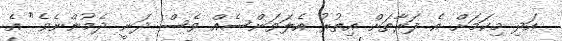
އަދި މިކަމަށް އެ ފަރާތަށް އިތުރު އެލަވަންސެއް ވެސް ދަނީ ދެމުންނެވެ" އެ